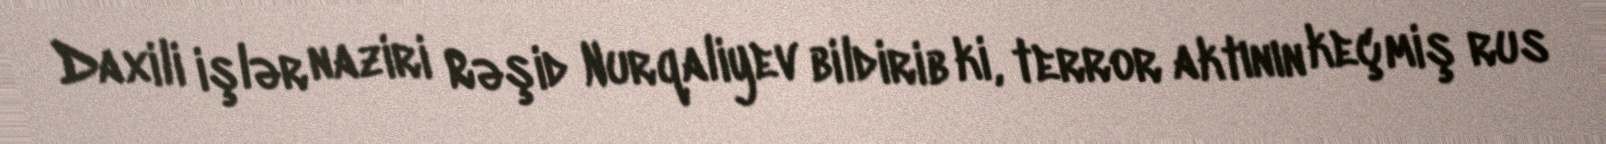
Daxili işlər naziri Rəşid Nurqaliyev bildirib ki, terror aktının keçmiş rus